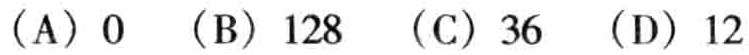
（A）0 （B）128 （C）36 （D）12